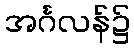
အင်္ဂလန်၌